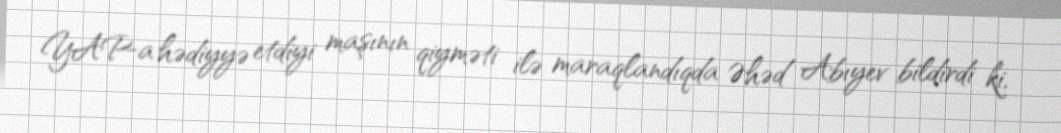
YAP-a hədiyyə etdiyi maşının qiyməti ilə maraqlandıqda Əhəd Abıyev bildirdi ki,